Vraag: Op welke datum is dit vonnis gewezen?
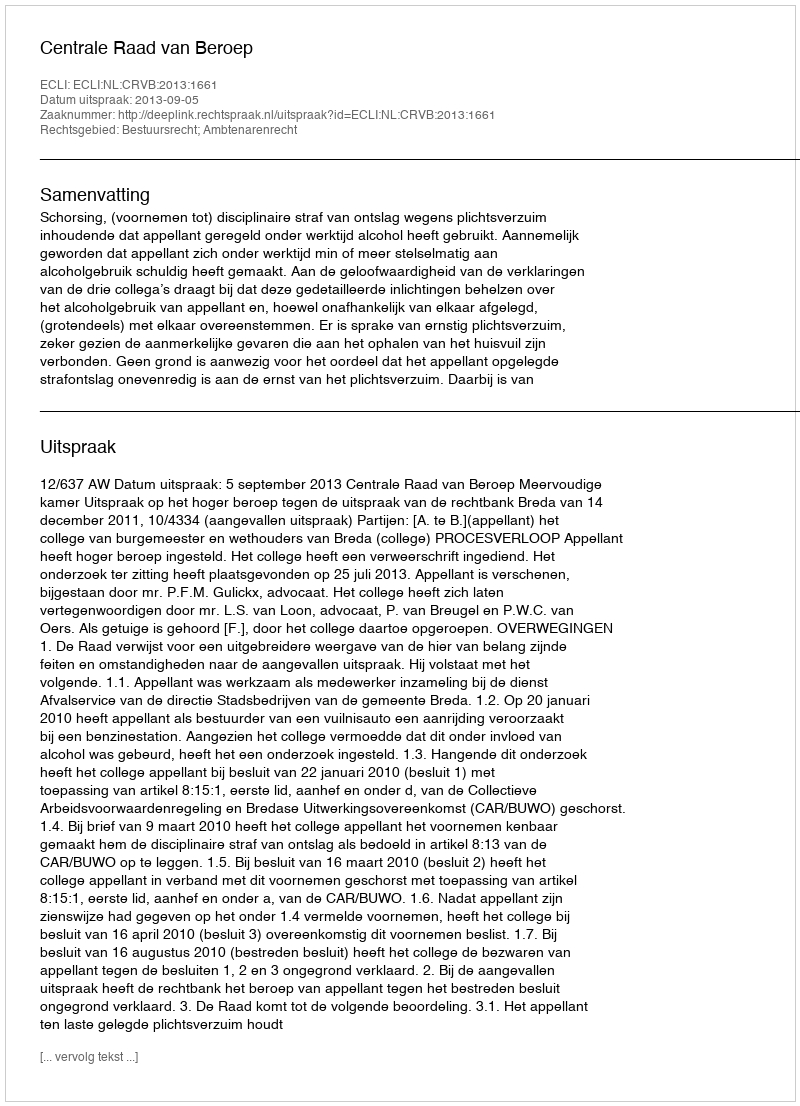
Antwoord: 2013-09-05